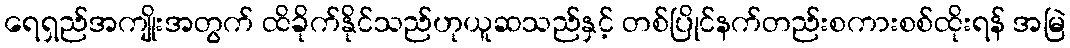
ရေရှည်အကျိုးအတွက် ထိခိုက်နိုင်သည်ဟုယူဆသည်နှင့် တစ်ပြိုင်နက်တည်းစကားစစ်ထိုးရန် အမြဲ